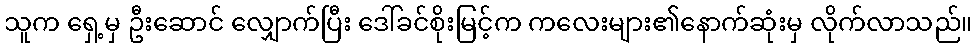
သူက ရှေ့မှ ဦးဆောင် လျှောက်ပြီး ဒေါ်ခင်စိုးမြင့်က ကလေးများ၏နောက်ဆုံးမှ လိုက်လာသည်။